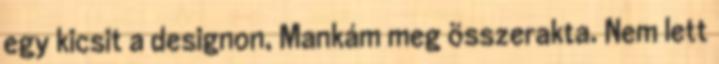
egy kicsit a designon, Mankám meg összerakta. Nem lett